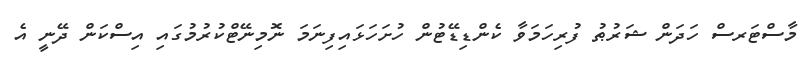
މާސްޓަރސް ހަދަން ޝަރުޠު ފުރިހަމަވާ ކެންޑިޑޭޓުން ހުށަހަޅައިފިނަމަ ނޮމިނޭޓްކުރުމުގައި އިސްކަން ދޭނީ އެ